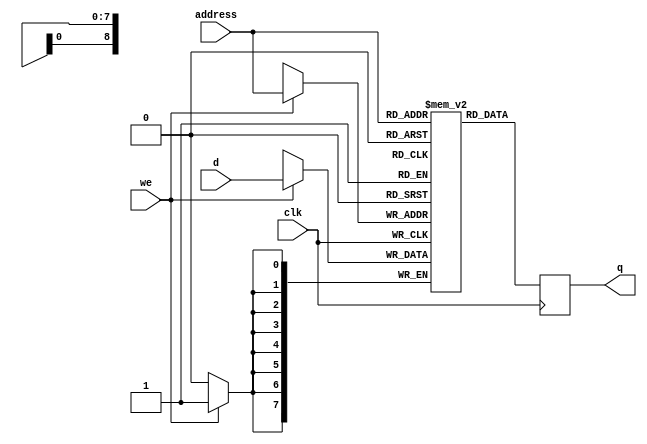
module M10K_inst_done_sram( 
    output reg [7:0] q,
    input [7:0] d,
    input [8:0] address,
    input we, clk
);
	 // force M10K ram style
    reg [7:0] mem [511:0] /* synthesis ramstyle = "no_rw_check, M10K" */;

    integer i;
    initial begin
        for (i = 0; i <= 511; i = i + 1) begin
            mem[i] = 8'd0;
        end
    end
	 
    always @ (posedge clk) begin
        if (we) begin
            mem[address] <= d;
        end
        q <= mem[address]; // q doesn't get d in this clock cycle
    end
endmodule